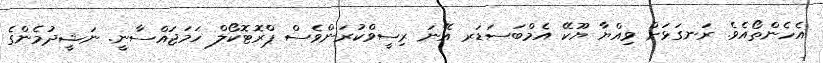
އެހެންތޯއެވެ. ރަނގަޅަށް ވިއްޔާ ޔޫކޭ އެމްބަސަޑަރ އޭނަ ރިސީވްކުރަންވެސް ޕްރޮޓޮކޯލް ހަމަޖައްސާނީ. ނަޝީދުމެންގެ